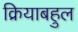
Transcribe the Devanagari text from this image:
क्रियाबहुल